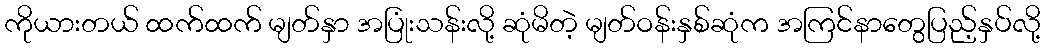
ကိုယားတယ် ထက်ထက် မျတ်နှာ အပြုံးသန်းလို့ ဆုံမိတဲ့ မျတ်ဝန်းနှစ်ဆုံက အကြင်နာတွေပြည့်နှပ်လို့